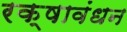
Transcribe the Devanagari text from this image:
रक्षावंधन